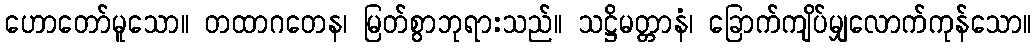
ဟောတော်မူသော။ တထာဂတေန၊ မြတ်စွာဘုရားသည်။ သဋ္ဌိမတ္တာနံ၊ ခြောက်ကျိပ်မျှလောက်ကုန်သော။